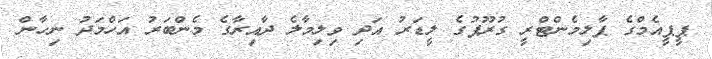
ޕީޕީއެމްގެ ޕާލިމެންޓްރީ ގުރޫޕުގެ ލީޑަރު އަދި ވިލިމާލެ ދާއިރާގެ މެންބަރު އަހްމަދު ނިހާން